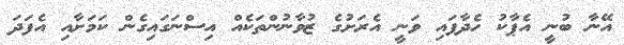
އޭނާ ބުނީ އެޕާކު ހެދާފައި ވަނީ އެރަށުގެ ޒުވާނުންތަކެއް އިސްނަގައިގެން ކަމަށާއި އެފަދަ